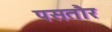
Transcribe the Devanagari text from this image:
पसतौर